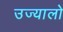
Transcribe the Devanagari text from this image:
उज्यालो